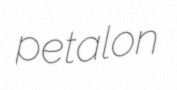
petalon